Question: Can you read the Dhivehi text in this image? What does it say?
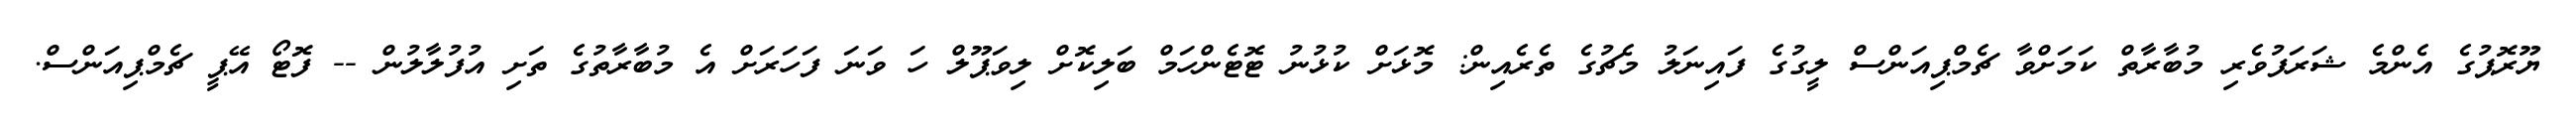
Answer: ޔޫރޮޕުގެ އެންމެ ޝަރަފުވެރި މުބާރާތް ކަމަށްވާ ޗެމްޕިއަންސް ލީގުގެ ފައިނަލު މެޗުގެ ތެރެއިން: މޮޅަށް ކުޅުނު ޓޮޓެންހަމް ބަލިކޮށް ލިވަޕޫލް ހަ ވަނަ ފަހަރަށް އެ މުބާރާތުގެ ތަށި އުފުލާލުން -- ފޮޓޯ އޭޕީ ޗެމްޕިއަންސް.